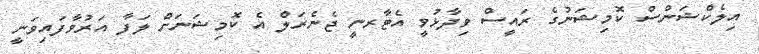
އިލެކްޝަންސް ކޮމިޝަނުގެ ރައީސް ވިދާޅުވީ އެޓާރނީ ޖެނެރަލް އެ ކޮމިޝަނަށް ލަފާ އަރުވާފައިވަނީ